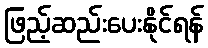
ဖြည့်ဆည်းပေးနိုင်ရန်